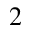
^ { 2 }